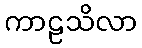
ကာဠသိလာ